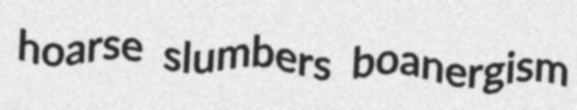
hoarse slumbers boanergism